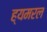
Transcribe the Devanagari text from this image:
ह्यमरल